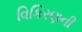
વિકિરણની